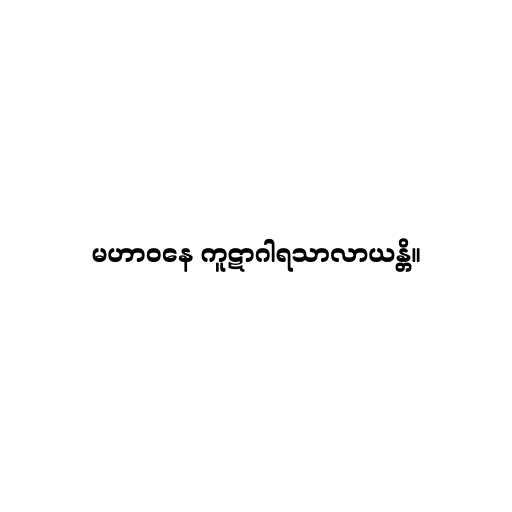
မဟာဝနေ ကူဋာဂါရသာလာယန္တိ။